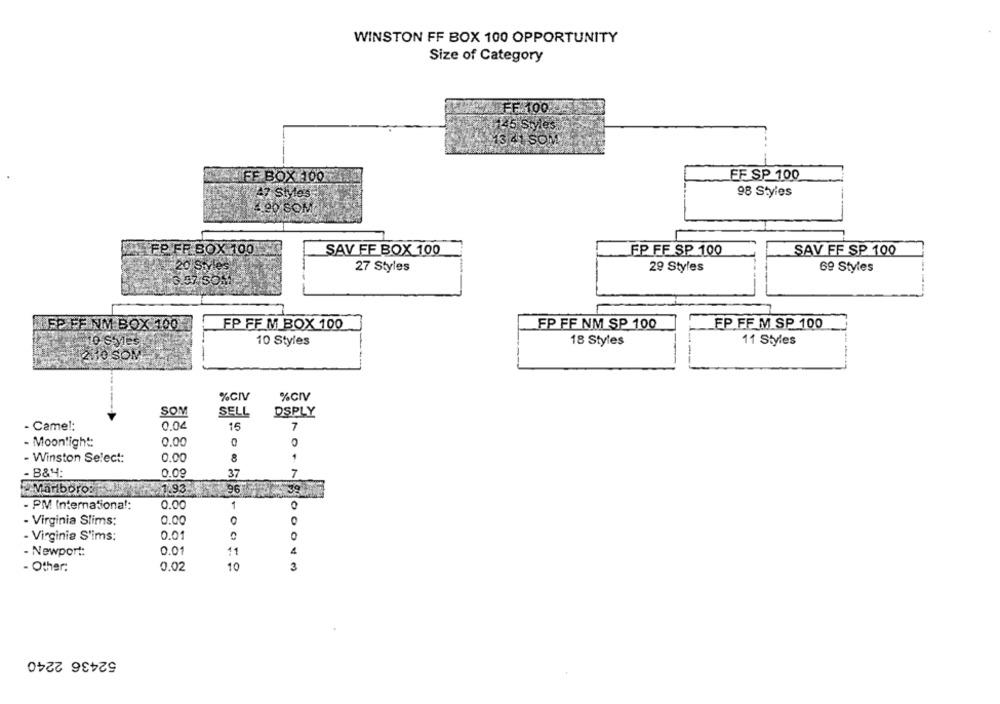
WINSTON FF BOX 100 OPPORTUNITY
Size of Category
145 Styles
$13 41 SOM
FF SP 100
FE BOX 00
47 Styles
98 Styles
1.90 SOM
FP.FF BOX 100
SAV FF BOX 100
FP FF SP 100
SAV FF SP 100
.20 Styles
27 Styles
29 Styles
69 Styles
6.57.5011
OFP FF NM BOX 1001
FP FF M BOX 100
FP FF NM SP 100
LEP FF M SP 100
10 Styles
10 Styles
18 Styles
11 Styles
2010 SOM
%CIV
%CIV
SOM
SELL
DSPLY
- Came !:
0.04
15
7
- Moonlight:
0.00
0
- Winston Select:
0.00
8
1
- B&M:
0.09
37
7
1.93.
96
39
- PM International:
0.00
1
0
0.00
O
- Virginia Slims:
0.01
- Virginia S'ims:
0
- Newport:
0.01
11
4
- Other:
0.02
10
3
52436 2240